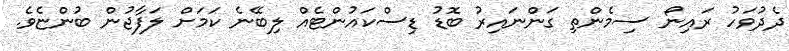
ދެދުވަހު ރައިނޯ ސިމެންތި ގަންނައިރު ބޮޑު ޑިސްކައުންޓެއް ލިބޭނެ ކަމަށް ލަފާޖުން ބުންޏެވެ.